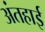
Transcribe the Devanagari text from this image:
अंतहाई